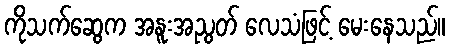
ကိုသက်ဆွေက အနူးအညွတ် လေသံဖြင့် မေးနေသည်။